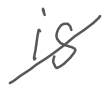
Text: is
Cross-out: diagonal
Writing tool: digital_gray